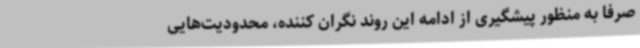
صرفاً به منظور پیشگیری از ادامه این روند نگران کننده، محدودیت‌هایی